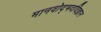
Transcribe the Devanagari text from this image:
मानवोद्भवविज्ञान